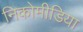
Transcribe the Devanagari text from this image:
निकोमीडिया